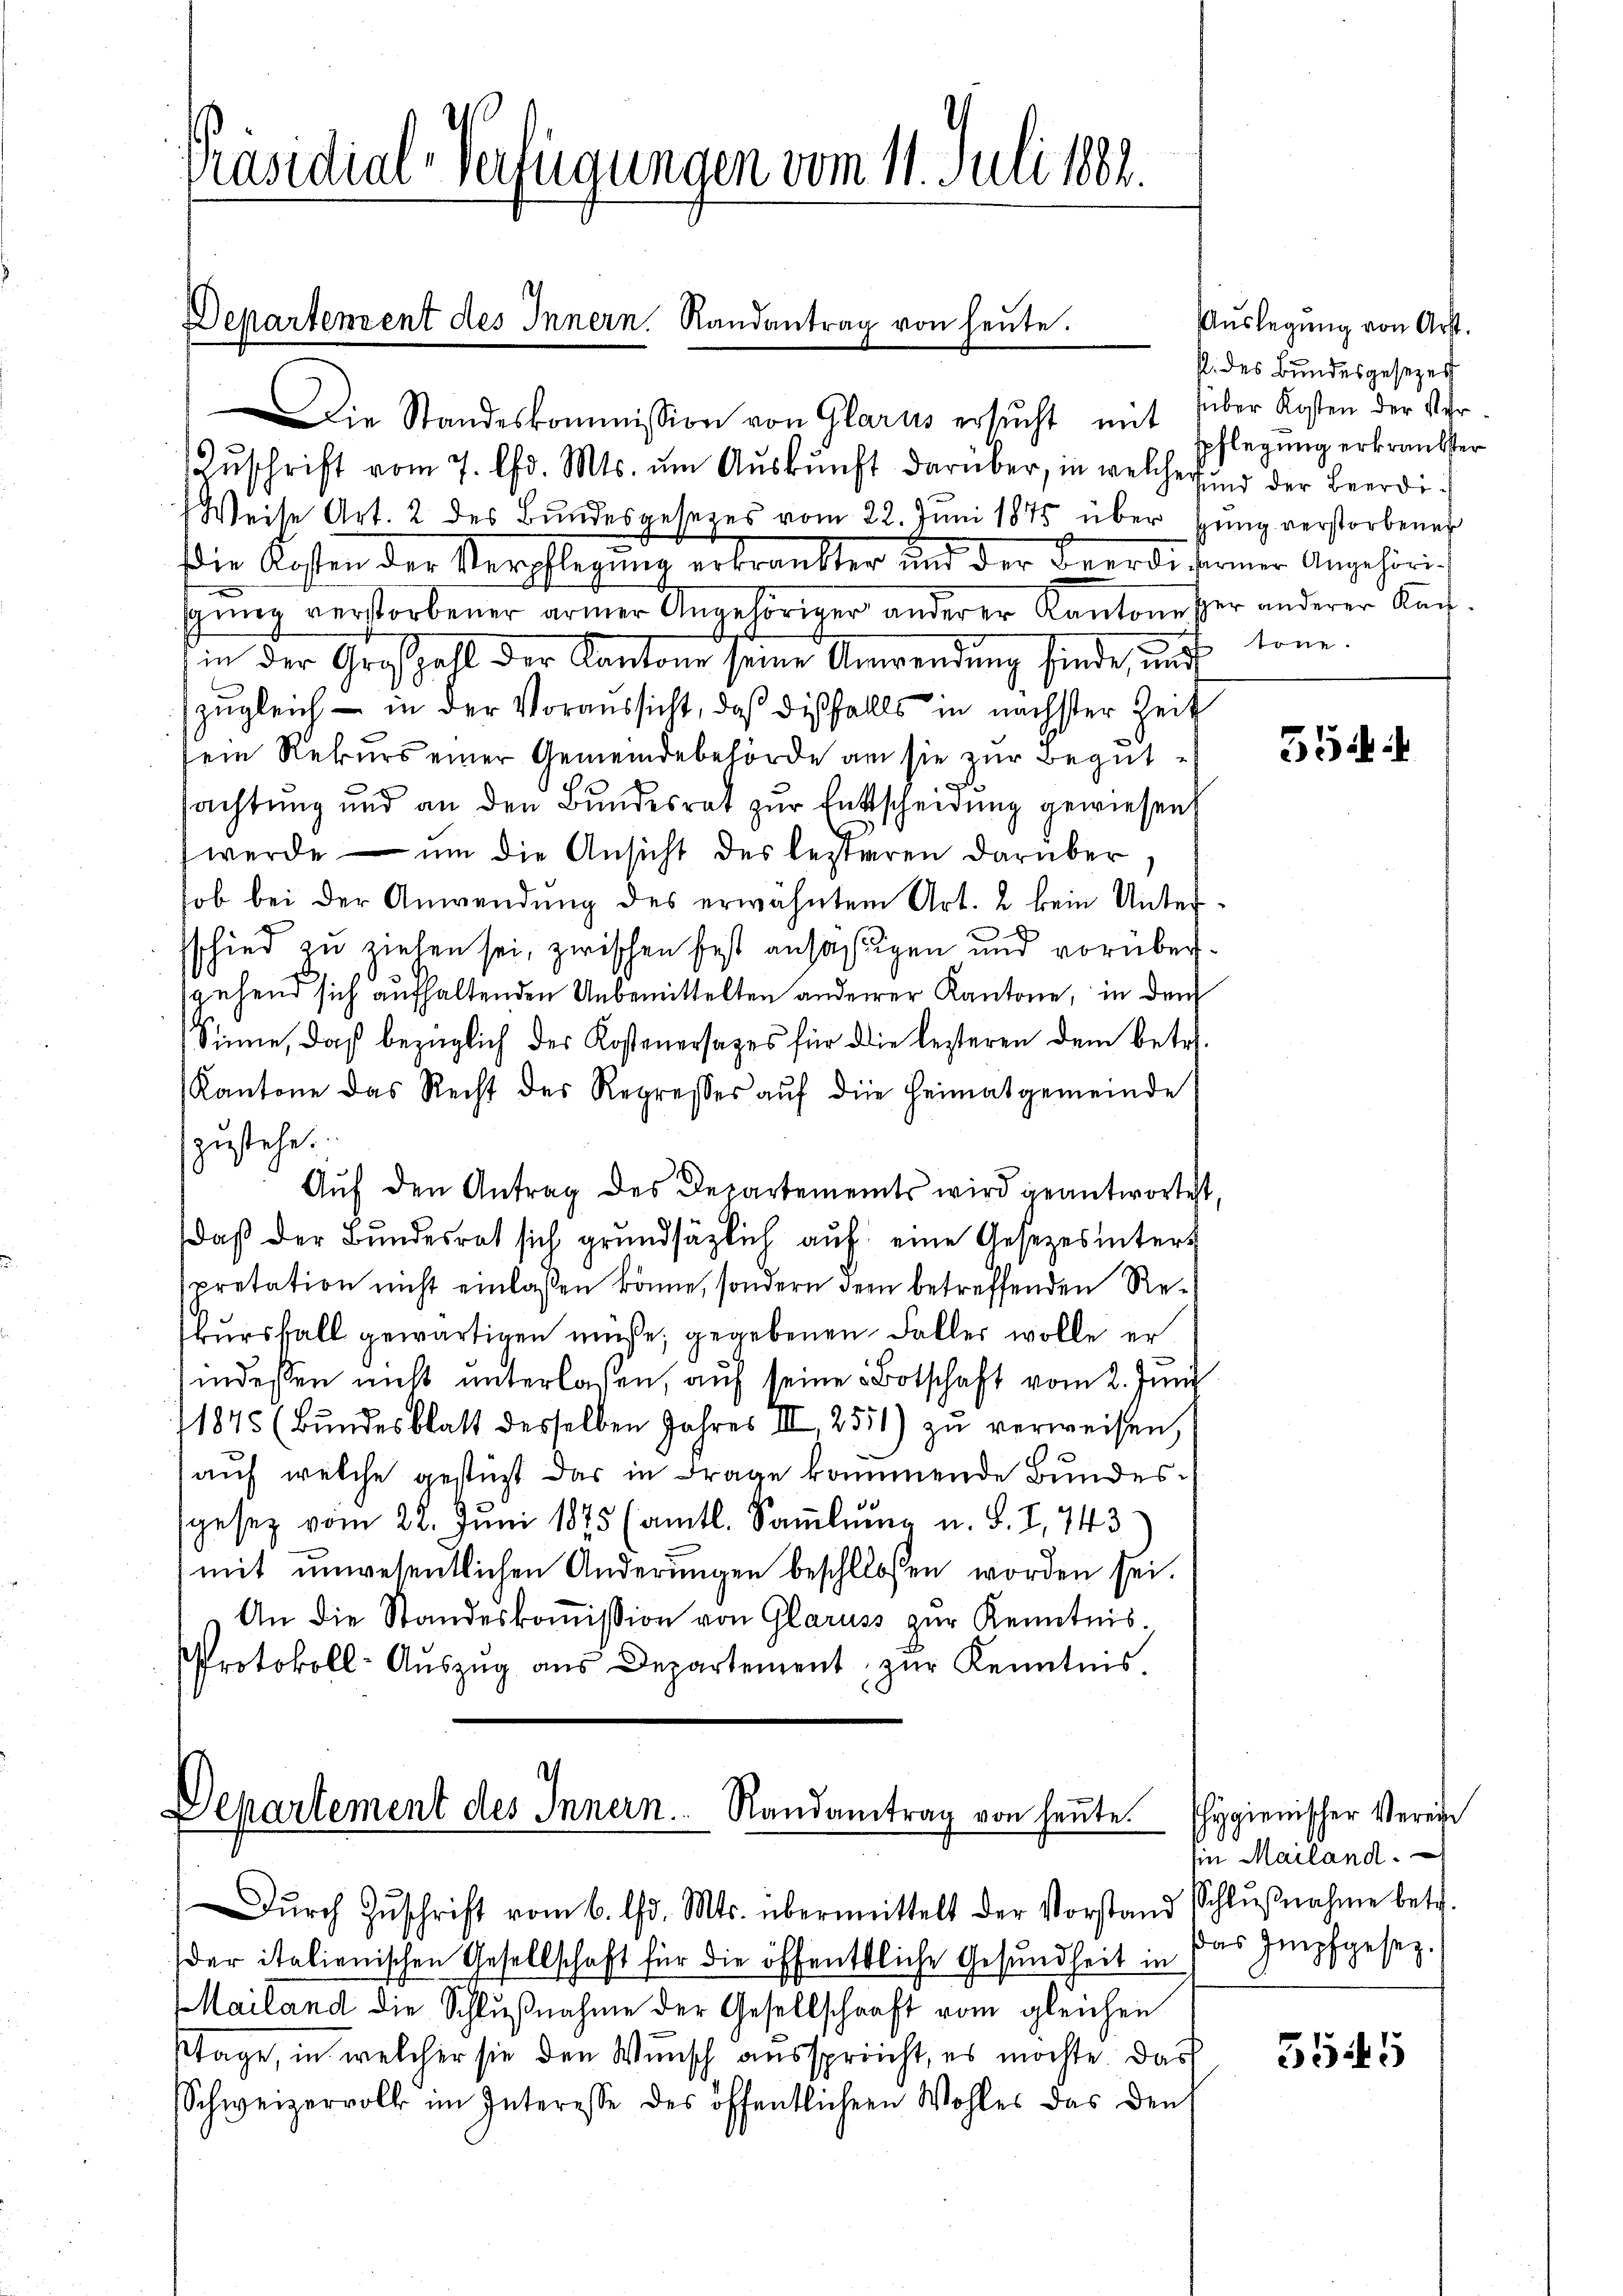
s
Präsidial-Verfügungen vom 11. Juli 1884.

Zŭschrift vom 7. d. Mts. ŭm Aŭskŭnft darüber, in welche und der Beerdi¬
Weise Art. 2 des Bundesgesezes vom 22. Juni 1875 über sung verstorbener
Die Kosten der Verpflegung erkrankter und der Beerde derner Angehörigung verstorbener armer Angehöriger anderer Kantonesser anderer Kachin der Großzahl der Kantone seine Anwendung finde, und
zugleich – in der Voraussicht, daß dießfalls in nächster Zeit
sein Rekurs einer Gemeindebehörde am sie zur Begutsachtung und an den Bundesrat zur Entscheidung gewiesen,
werde — ŭm die Ansicht des lezteren darüber,
ob bei der Anwendung des erwähntem Art. 2 kein Unterschied zu ziehen sei, zwischen fest ansäßigen und vorübersgehend sich aufhaltenden Unbemittelten anderer Kantone, in den
Sinne, daß bezüglich der Kostenersages für die lezteren dem betr.
Kantone das Recht des Regresses aŭf die Heimatgemeinde
zustehe.
Auf den Antrag des Departements wird geantwortet,
daß der Bundesrat sich grundsätzlich auf eine Gesetzes inters
pretation nicht einlassen könne, sondern der betreffenden Re¬
Bursfall gewärtigen müße; gegebenen Faller wolle er
indessen nicht unterlassen, auf seine Botschaft vom 2. Juni
11875 (Bundesblatt desselben Jahres III, 2551) zu verweisen,
auf welche gestüzt das in Frage kommende Bundessgesez vom 22. Juni 1875 (amtl. Sammlung u. S. I, 743
mit unwesentlichen Änderŭngen beschllossen worden sei.
An die Standeskoṁission von Glaruss zur Kenntnis
Protokoll- Aŭszŭg aŭs Departement zŭr Kenntnis.

s
Departement des Innern. Randantrag von heŭte.
ie Standeskommission von Glarus ersŭcht mit schlegŭng erkrautser

d
Departement des Innern. Randantrag von heŭte.
Dŭrch Zŭschrift vom 6. d. Mts. übermittelt der Vorstand Schlŭβnahme betr.

der italienischen Gesellschaft für die öffentliche Gesundheit in das Impfgesez¬
Mailand die Schlŭβnahme der Gesellschaft vom gleichen
stage, in welcher sie den Wunsch aussprecht, es möchte das
Schweizervolk im Interesse des öffentlichern Wohles das den

p. des Bundesgesezes
Über Kosten der Mehrtonn.

Auslegung von Art.

554

hygienischer Verein
Ein Mailand.

3545